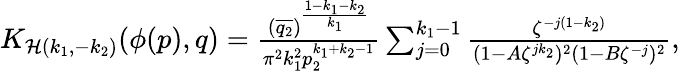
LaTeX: \begin{array}{r}{K_{\mathcal{H}(k_{1},-k_{2})}(\phi(p),q)=\frac{\left(\overline{{q_{2}}}\right)^{\frac{1-k_{1}-k_{2}}{k_{1}}}}{\pi^{2}k_{1}^{2}p_{2}^{k_{1}+k_{2}-1}}\sum_{j=0}^{k_{1}-1}\frac{\zeta^{-j(1-k_{2})}}{(1-A\zeta^{jk_{2}})^{2}(1-B\zeta^{-j})^{2}},}\end{array}